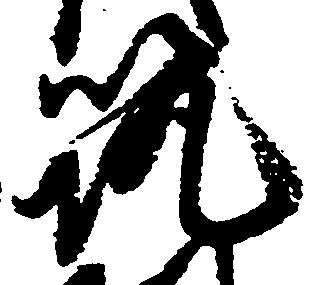
筑